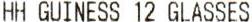
HH GUINESS 12 GLASSES